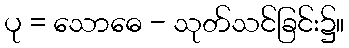
ပု = သောဓေ - သုတ်သင်ခြင်း၌။